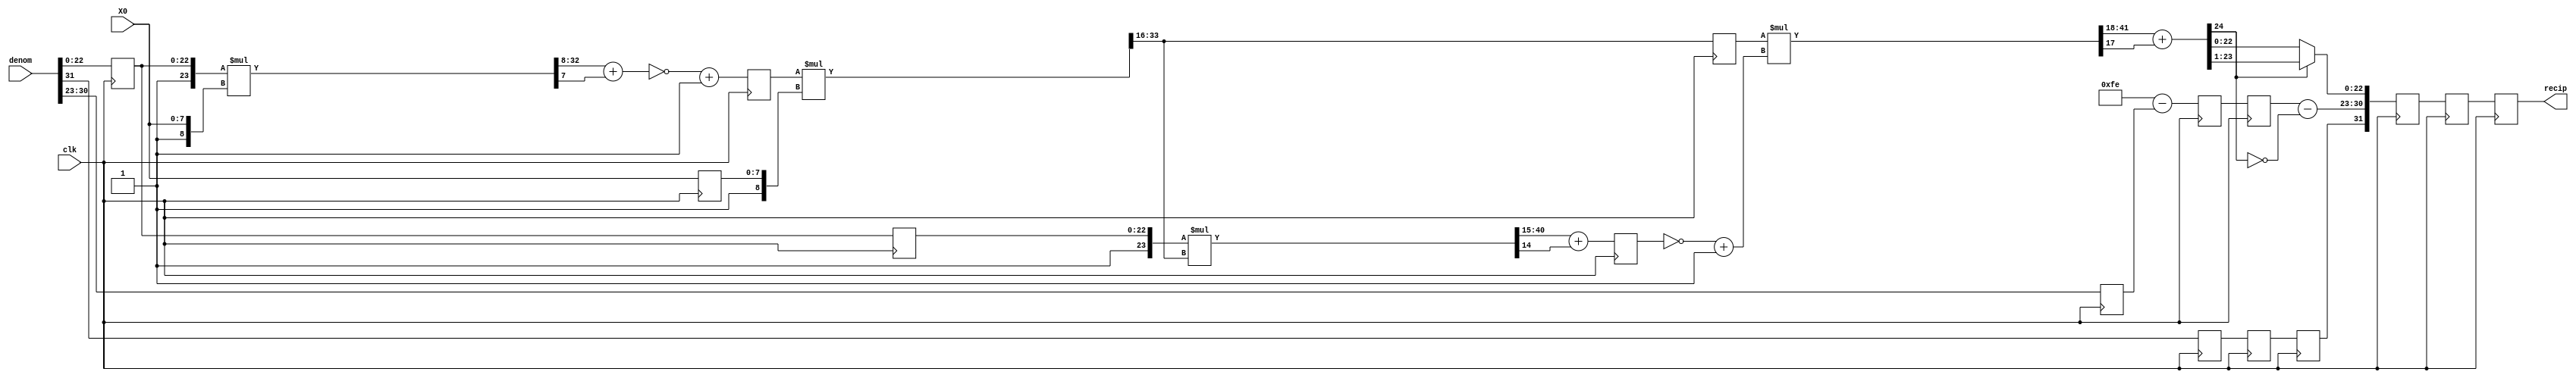
module flt_recip_iter
   (
   input	 clk,
   input [7:0]	 X0,
   input [31:0]	 denom,
   output reg [31:0] recip
   );
   reg		 sign;
   reg [30:23]	 exp;
   reg [22:0]	 B;
   wire [24:0]	 round;
   wire [32:0]	 mult1;
   wire [32:8]	 round_mult1;
   wire [34:0]	 mult2;
   wire [41:0]	 mult3;
   wire [25:0]	 round_mult3;
   wire [43:0]	 mult4;
   wire [24:0]	 sub1;
   wire [25:0]	 sub2;
   reg		 sign1,
		 sign2;
   reg [30:23]	 exp1,
		 exp2;
   reg [7:0]	 X0_reg;
   reg [24:0]	 pipe1;
   reg [17:0]	 X1_reg;
   reg [25:0]	 pipe2;
   reg [22:0]	 B1;
   wire [30:23]	 exp_after_norm;
   reg [23:0]	 round_after_norm;
   reg [31:0] recip_1;
   reg [31:0] recip_2;
   always @(posedge clk) begin
   	sign <= denom[31];
   	exp  <= denom[30:23];
   	B    <= denom[22:0];
   end
   assign mult1 = ({1'b1,B} * {1'b1,X0});
   assign round_mult1 = mult1[32:8] + mult1[7];
   assign sub1 =  ~round_mult1 + 1;
   assign mult2 = (pipe1 * {1'b1,X0_reg});
   assign mult3 = ({1'b1,B1} * mult2[33:16]);
   assign round_mult3 = mult3[40:15] + mult3[14];
   assign sub2 = ~pipe2 + 1;
   assign mult4 = (X1_reg * sub2);
   assign round = mult4[41:18] + mult4[17];
   assign exp_after_norm = exp2 - !round[24];
   always @(round) begin
      if (round[24]) begin 
	 round_after_norm <= round[24:1];
      end
      else begin           
	 round_after_norm <= round[23:0];
      end
   end
   always @(posedge clk) begin
	 sign1 <= sign;
	 exp1 <= 9'hFE - exp;
	 pipe1 <= sub1;
	 X0_reg <= X0;
	 B1 <= B;
	 sign2 <= sign1;
	 exp2 <= exp1;
	 pipe2 <= round_mult3;
	 X1_reg <= mult2[33:16];
	 recip_1 <= {sign2,exp_after_norm,round_after_norm[22:0]};
	 recip_2 <= recip_1;
	 recip <= recip_2;
   end
endmodule